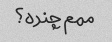
ممم چنده؟